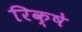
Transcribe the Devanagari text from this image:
रिक्षे